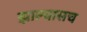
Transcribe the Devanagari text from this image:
झाल्यासच